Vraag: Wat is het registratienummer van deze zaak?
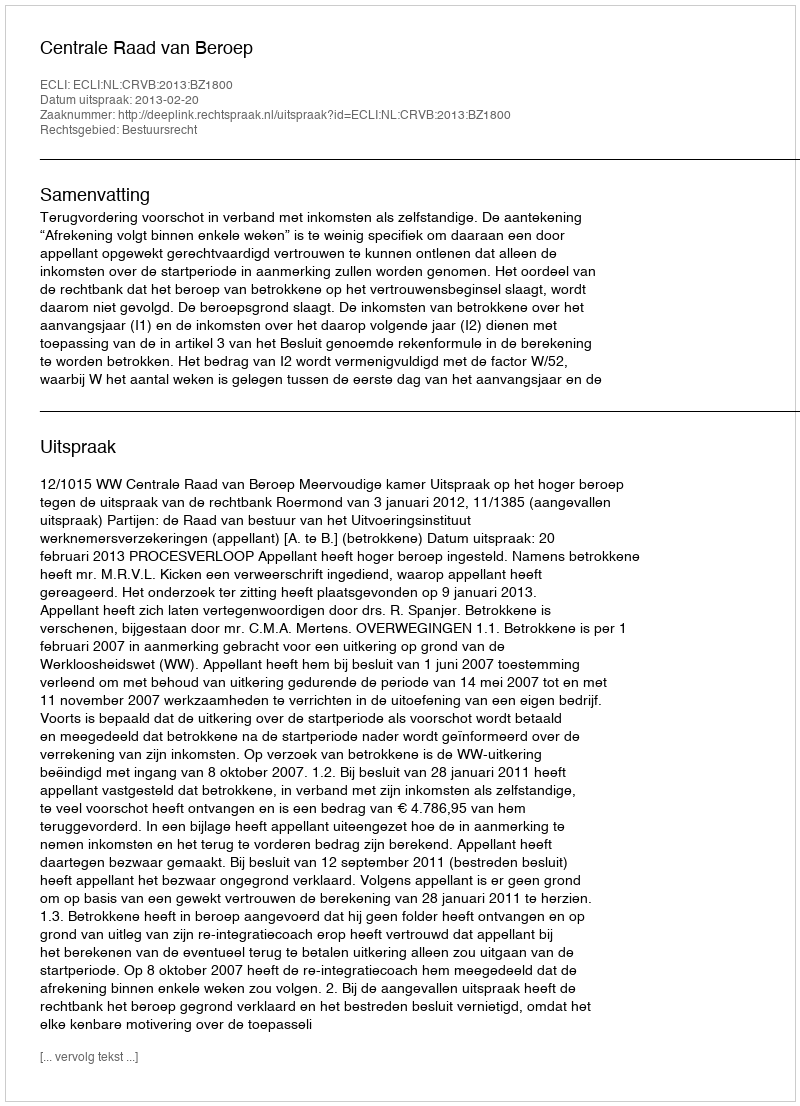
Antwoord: http://deeplink.rechtspraak.nl/uitspraak?id=ECLI:NL:CRVB:2013:BZ1800